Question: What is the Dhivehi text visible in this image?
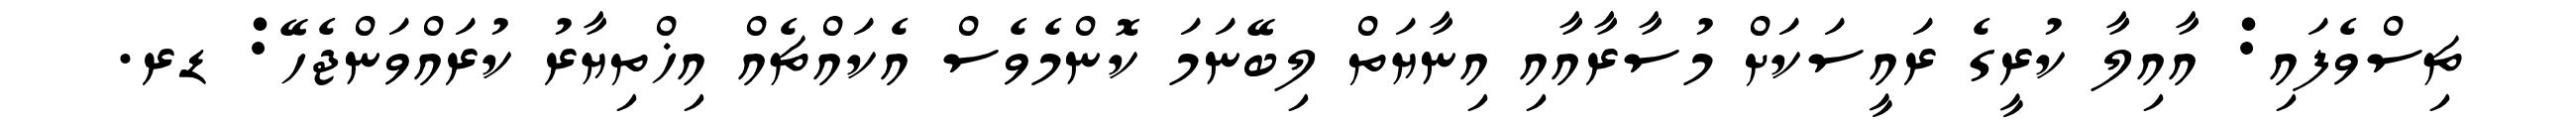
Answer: ޗިސްވެފައި: އާއިލާ ކުރީގެ ރައީސަކަށް މުސާރާއާއި އިނާޔަތް ލިބޭނަމަ ކޮންމެވެސް އެކައްޗެއް އިޚްތިޔާރު ކުރައްވަންޖެހޭ: ޑރ.